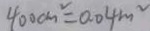
4 0 0 c m ^ { 2 } = 0 . 0 4 m ^ { 2 }